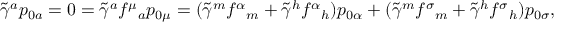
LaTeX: \tilde { \gamma } ^ { a } p _ { 0 a } = 0 = \tilde { \gamma } ^ { a } f ^ { \mu } { } _ { a } p _ { 0 \mu } = ( \tilde { \gamma } ^ { m } f ^ { \alpha } { } _ { m } + \tilde { \gamma } ^ { h } f ^ { \alpha } { } _ { h } ) p _ { 0 \alpha } + ( \tilde { \gamma } ^ { m } f ^ { \sigma } { } _ { m } + \tilde { \gamma } ^ { h } f ^ { \sigma } { } _ { h } ) p _ { 0 \sigma } ,